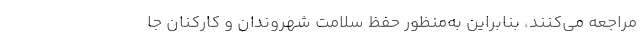
مراجعه می‌کنند، بنابراین به‌منظور حفظ سلامت شهروندان و کارکنان جا